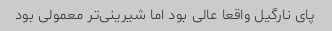
پای نارگیل واقعا عالی بود اما شیرینی‌تر معمولی بود